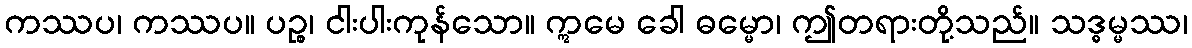
ကဿပ၊ ကဿပ။ ပဉ္စ၊ ငါးပါးကုန်သော။ ဣမေ ခေါ ဓမ္မော၊ ဤတရားတို့သည်။ သဒ္ဓမ္မဿ၊